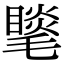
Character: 𣰍